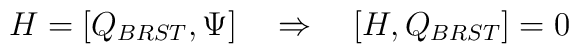
H= [Q_{BRST}, \Psi] \quad \Rightarrow \quad [H,Q_{BRST}]=0